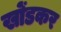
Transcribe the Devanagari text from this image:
खोंडकर